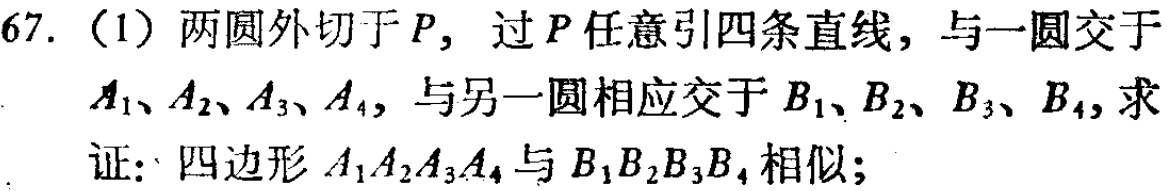
67. （1）两圆外切于\(P\)，过\(P\)任意引四条直线，与一圆交于\(A_{1}、A_{2}、A_{3}、A_{4}\)，与另一圆相应交于\(B_{1}、B_{2}、B_{3}、B_{4}\)，求证：四边形\(A_{1}A_{2}A_{3}A_{4}\)与\(B_{1}B_{2}B_{3}B_{4}\)相似；